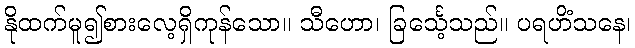
နိုထက်မူ၍စားလေ့ရှိကုန်သော။ သီဟော၊ ခြင်္သေ့သည်။ ပရဟိံသနေ၊